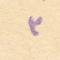
٣